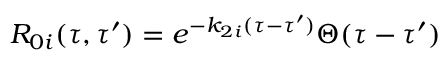
R _ { 0 i } ( \tau , \tau ^ { \prime } ) = e ^ { - k _ { 2 i } ( \tau - \tau ^ { \prime } ) } \Theta ( \tau - \tau ^ { \prime } )